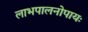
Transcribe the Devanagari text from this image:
लाभपालनोपायः